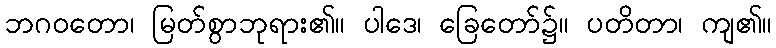
ဘဂဝတော၊ မြတ်စွာဘုရား၏။ ပါဒေ၊ ခြေတော်၌။ ပတိတာ၊ ကျ၏။